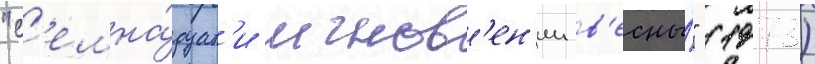
"с'емна́дцат'и мгнов'ен'ии в'есны́" (1973)